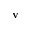
\mathbf { v }